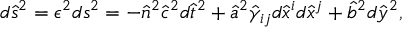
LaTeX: d \hat { s } ^ { 2 } = \epsilon ^ { 2 } d s ^ { 2 } = - \hat { n } ^ { 2 } \hat { c } ^ { 2 } d \hat { t } ^ { 2 } + \hat { a } ^ { 2 } \hat { \gamma } _ { i j } d \hat { x } ^ { i } d \hat { x } ^ { j } + \hat { b } ^ { 2 } d \hat { y } ^ { 2 } ,